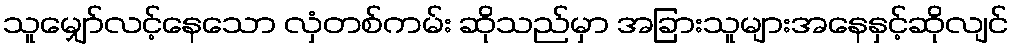
သူမျှော်လင့်နေသော လှံတစ်ကမ်း ဆိုသည်မှာ အခြားသူများအနေနှင့်ဆိုလျင်